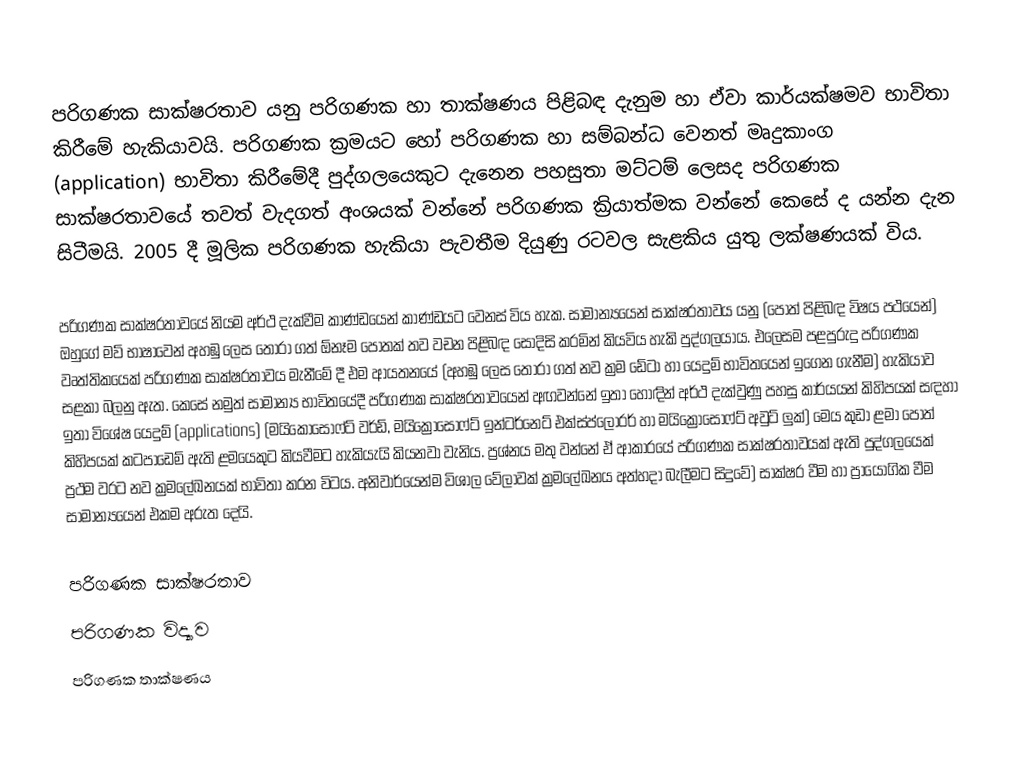
පරිගණක සාක්ෂරතාව යනු පරිගණක හා තාක්ෂණය පිළිබඳ දැනුම හා ඒවා කාර්යක්ෂමව භාවිතා කිරීමේ හැකියාවයි. පරිගණක ක්‍රමයට හෝ පරිගණක හා සම්බන්ධ වෙනත් මෘදුකාංග (application) භාවිතා කිරීමේදී පුද්ගලයෙකුට දැනෙන පහසුතා මට්ටම් ලෙසද පරිගණක සාක්ෂරතාවයේ තවත් වැදගත් අංශයක් වන්නේ පරිගණක ක්‍රියාත්මක වන්නේ කෙසේ ද යන්න දැන සිටීමයි. 2005 දී මූලික පරිගණක හැකියා පැවතීම දියුණු රටවල සැළකිය යුතු ලක්ෂණයක් විය.

පරිගණක සාක්ෂරතාවයේ නියම අර්ථ දැක්වීම කාණ්ඩයෙන් කාණ්ඩයට වෙනස් විය හැක. සාමාන්‍යයෙන් සාක්ෂරතාවය යනු (පොත් පිළිබඳ විෂය පථයෙන්) ඔහුගේ මව් භාෂාවෙන් අහඹු ලෙස තෝරා ගත් ඕනෑම පොතක් තව වචන පිළිබඳ සෝදිසි කරමින් කියවිය හැකි පුද්ගලයාය. එලෙසම පළපුරුදු පරිගණක වෘත්තිකයෙක් පරිගණක සාක්ෂරතාවය මැනීමේ දී එම ආයතනයේ (අහඹු ලෙස තෝරා ගත් නව ක්‍රම ඩේටා හා යෙදුම් භාවිතයෙන් ඉගෙන ගැනීම) හැකියාව සළකා බලනු ඇත. කෙසේ නමුත් සාමාන්‍ය භාවිතයේදී පරිගණක සාක්ෂරතාවයෙන් අඟවන්නේ ඉතා හොඳින් අර්ථ දැක්වුණු පහසු කාර්යයන් කිහිපයක් සඳහා ඉතා විශේෂ යෙදුම් (applications) (මයිකොසොෆ්ට් වර්ඩ්, මයික්‍රොසොෆ්ට් ඉන්ටර්නෙට් එක්ස්ප්ලෝරර් හා මයික්‍රොසොෆ්ට් අවුට් ලුක්) මෙය කුඩා ළමා පොත්  කිහිපයක් කටපාඩ‍ෙම් ඇති ළමයෙකුට කියවීමට හැකියැයි කියනවා වැනිය. ප්‍රශ්නය මතු වන්නේ ඒ ආකාරයේ පරිගණක සාක්ෂරතාවයක් ඇති පුද්ගලයෙක් ප්‍රථම වරට නව ක්‍රමලේඛනයක් භාවිතා කරන විටය. අනිවාර්යෙන්ම විශාල වේලාවක් ක්‍රමලේඛනය  අත්හදා බැලීමට සිදුවේ) සාක්ෂර වීම හා ප්‍රායෝගික වීම සාමාන්‍යයෙන් එකම අරුත දෙයි.

පරිගණක සාක්ෂරතාව
පරිගණක විද්‍යාව
පරිගණක තාක්ෂණය